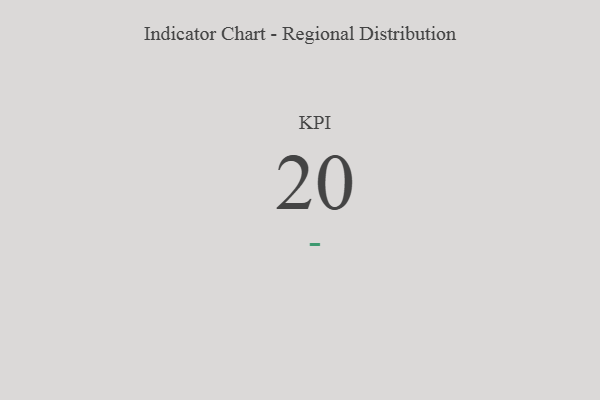
{"axis": {"x": "KPI", "y": "Value"}, "legend": [""], "data": [{"x": "KPI", "y": 20, "type": ""}]}